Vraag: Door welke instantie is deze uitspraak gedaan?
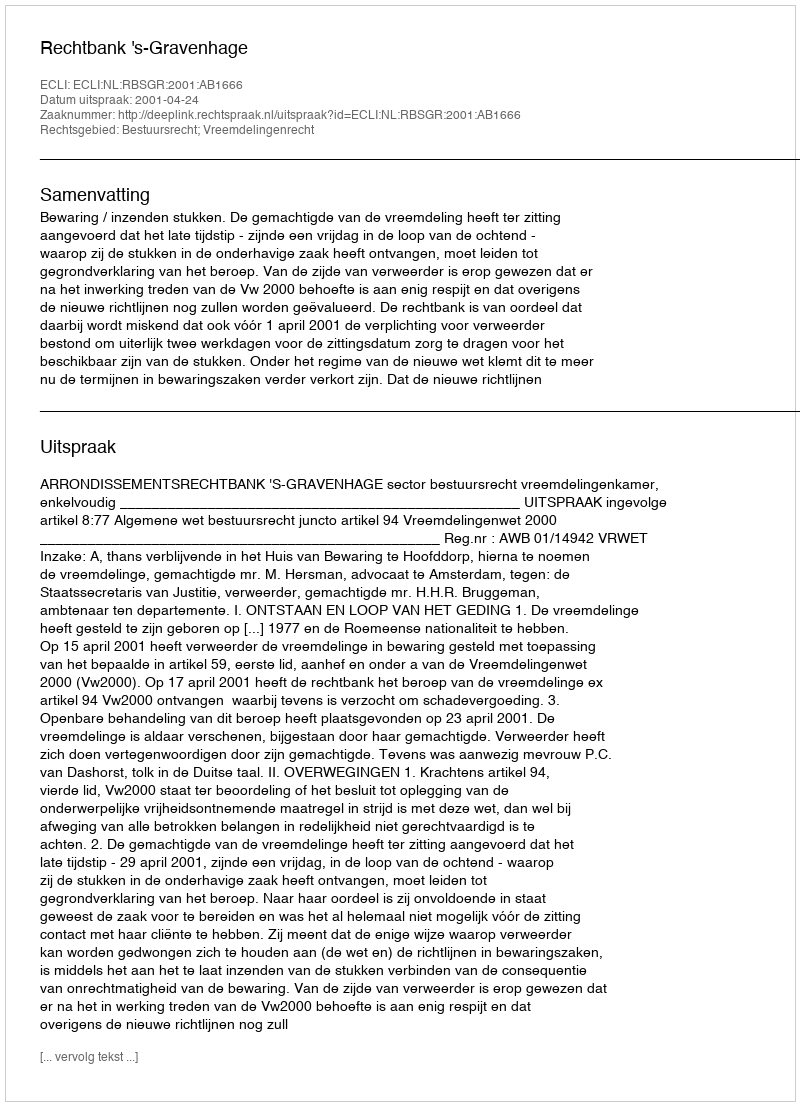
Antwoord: Rechtbank 's-Gravenhage